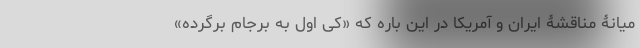
میانۀ مناقشۀ ایران و آمریکا در این باره که «کی اول به برجام برگرده»